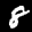
Label: 8